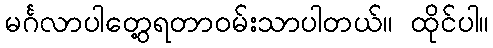
မင်္ဂလာပါတွေ့ရတာဝမ်းသာပါတယ်။ ထိုင်ပါ။